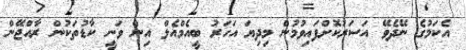
އެކަމުގެ ނޭދެވޭ އަސަރުކޮށްފައިވުމުން މިދިޔަ އަހަރު ބީއެމްއެލް އިން ވަނީ ކާޑުތަކުން ރާއްޖޭން